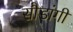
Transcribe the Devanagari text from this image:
सौडांगी